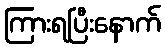
ကြားရပြီးနောက်